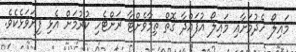
މައިލޯ ހެދުމަށާއި މައިލޯ އުފައްދާ ގޮތް ތިމާވެށްޓާ ރަށްޓެހި ކުރުމަށް އެޅި ފިޔަވަޅެކެވެ.